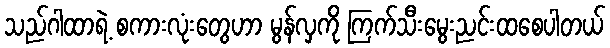
သည်ဂါထာရဲ့ စကားလုံးတွေဟာ မွန်လှကို ကြက်သီးမွေးညင်းထစေပါတယ်